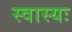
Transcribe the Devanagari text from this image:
स्वास्यः